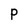
Character: P